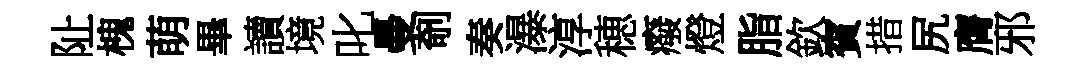
阯槐萌畢讀境叱曼剞奏瀑淳穂癈燈脂欽賓措尻膺邪